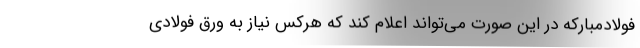
فولادمبارکه در این صورت می‌تواند اعلام کند که هرکس نیاز به ورق فولادی